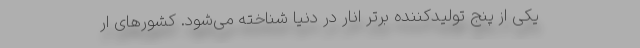
یکی از پنج تولیدکننده برتر انار در دنیا شناخته می‌شود. کشورهای ار